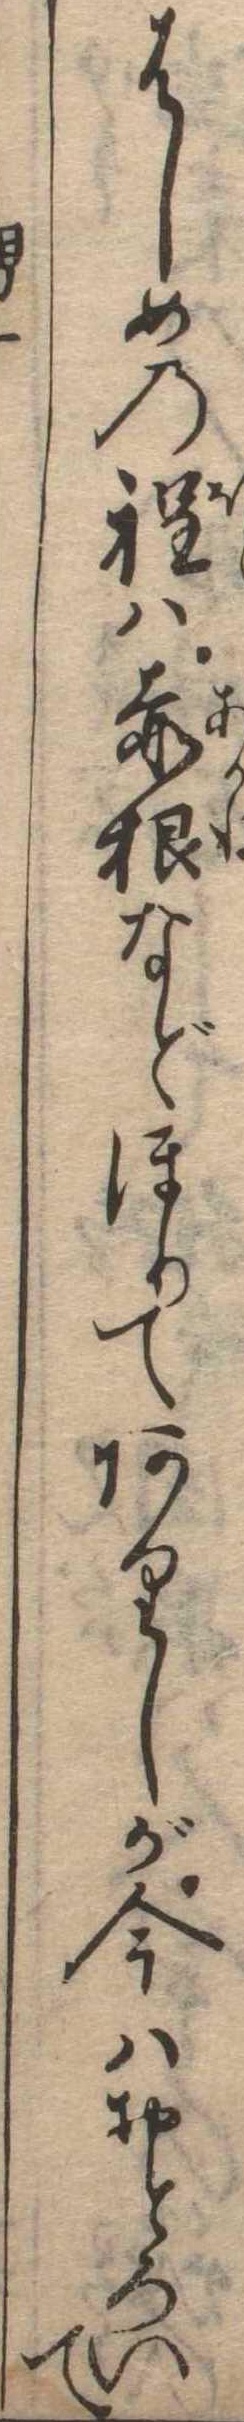
はしめの程は赤根などほりてありしが今はおとろいて